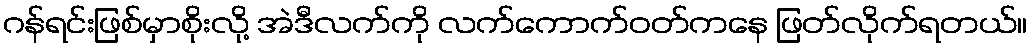
ဂန်ရင်းဖြစ်မှာစိုးလို့ အဲဒီလက်ကို လက်ကောက်ဝတ်ကနေ ဖြတ်လိုက်ရတယ်။